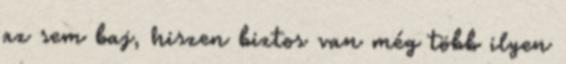
az sem baj, hiszen biztos van még több ilyen